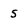
Character: 5